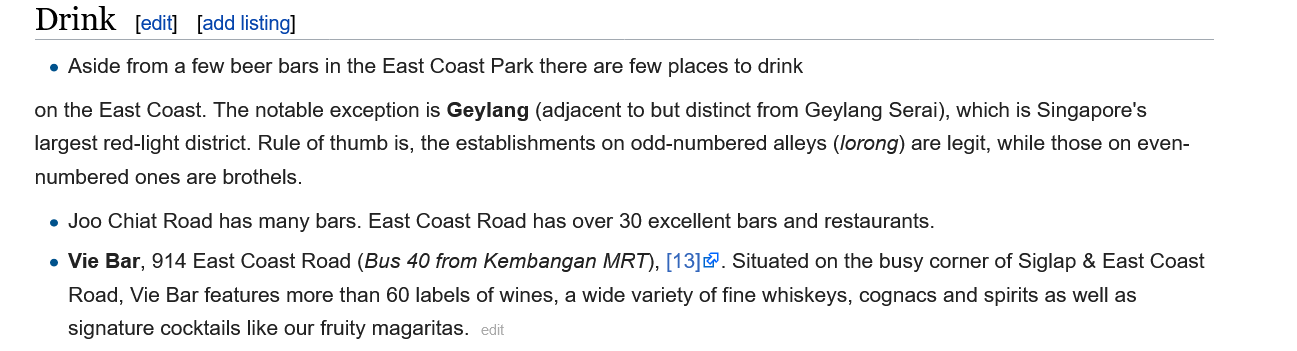
[edit] [add listing]
     e Aside from a few beer bars in the East Coast Park there are few places to drink
    on the East Coast. The notable exception is Geylang (adjacent to but distinct from Geylang Serai), which is Singapore's
    largest red-light district. Rule of thumb is, the establishments on odd-numbered alleys (/orong) are legit, while those on even-
    numbered ones are brothels.
     e Joo Chiat Road has many bars. East Coast Road has over 30 excellent bars and restaurants.
     e Vie Bar, 914 East Coast Road (Bus 40 from Kembangan MR7), [13]. Situated on the busy corner of Siglap & East Coast
     Road, Vie Bar features more than 60 labels of wines, a wide variety of fine whiskeys, cognacs and spirits as well as
     signature cocktails like our fruity magaritas.